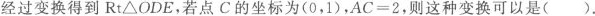
经过变换得到Rt△ODE，若点C的坐标为(0，1)，$$A C = 2$$，则这种变换可以是( ).